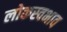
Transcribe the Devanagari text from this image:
लोकस्वभाव